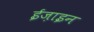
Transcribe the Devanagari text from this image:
ईज़ाइन